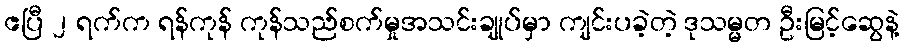
ဧပြီ ၂ ရက်က ရန်ကုန် ကုန်သည်စက်မှုအသင်းချုပ်မှာ ကျင်းပခဲ့တဲ့ ဒုသမ္မတ ဦးမြင့်ဆွေနဲ့